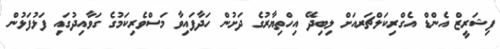
ފިޝަރީޒް އެންޑް އެގްރިކަލްޗަރއަށް ލިބިދޭ އިހްތިޔާރުގެ ދަށުން ހަދާފައިވާ މަސްވެރިކަމުގެ ގަވާއިދުގައި ފަޅުފަޅުން